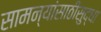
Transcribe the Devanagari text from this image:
सामन्यांसाठीसुद्धा